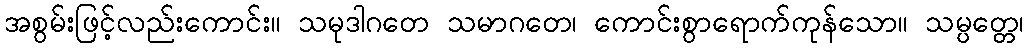
အစွမ်းဖြင့်လည်းကောင်း။ သမုဒါဂတေ သမာဂတေ၊ ကောင်းစွာရောက်ကုန်သော။ သမ္ပတ္တေ၊